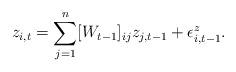
LaTeX: \begin{align*}z_{i,t}=\sum_{j=1}^n[W_{t-1}]_{ij}z_{j,t-1}+\epsilon^z_{i,t-1}.\end{align*}